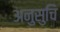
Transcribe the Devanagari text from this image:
अनुसुचि